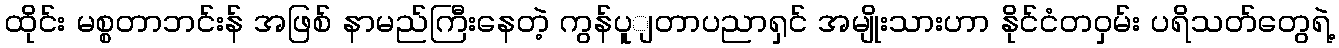
ထိုင်း မစ္စတာဘင်းန် အဖြစ် နာမည်ကြီးနေတဲ့ ကွန်ပူျတာပညာရှင် အမျိုးသားဟာ နိုင်ငံတဝှမ်း ပရိသတ်တွေရဲ့